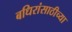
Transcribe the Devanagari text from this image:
बधिरांसाठीच्या